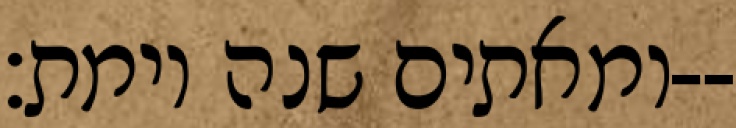
ומאתים שנה וימת׃--